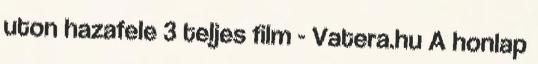
uton hazafele 3 teljes film - Vatera.hu A honlap